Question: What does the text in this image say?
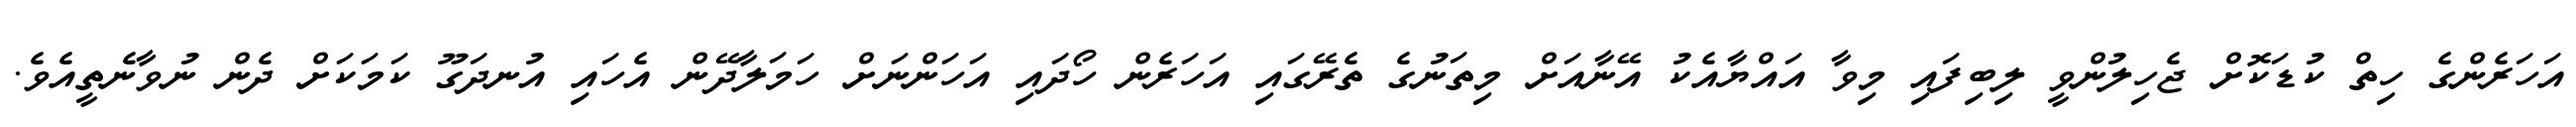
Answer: އަހަރެންގެ ހިތް ކުޑަކޮށް ޖެހިލުންވީ ލިބިފައި މިވާ އައްޔާއެކު އޭނާއަށް މިތަނުގެ ތެރޭގައި އަހަރެން ހޯދައި އަހަންނަށް ހަމަލާދޭން އެހައި އުނދަގޫ ކަމަކަށް ދެން ނުވާނެތީއެވެ.